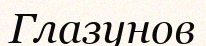
Глазунов